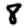
Digit: 8